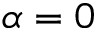
\alpha = 0